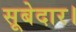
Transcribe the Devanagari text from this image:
सूबेदार।